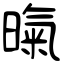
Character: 暣